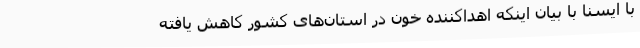
با ایسنا با بیان اینکه اهداکننده خون در استان‌های کشور کاهش یافته